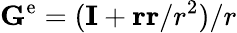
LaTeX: \mathbf{G}^{\mathrm{e}}=(\mathbf{I}+\mathbf{rr}/r^{2})/r